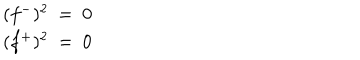
\begin{array} { c } { { ( f ^ { - } ) ^ { 2 } ~ = ~ 0 } } \\ { { ( f ^ { + } ) ^ { 2 } ~ = ~ 0 } } \\ \end{array}